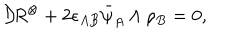
{ \cal D } \! R ^ { \otimes } + 2 \epsilon _ { A B } \bar { \psi } _ { A } \wedge \rho _ { B } = 0 ,